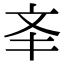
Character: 㪯